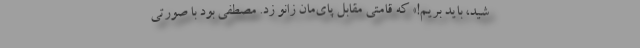
شید، باید بریم!» که قامتی مقابل پای‌مان زانو زد. مصطفی بود با صورتی